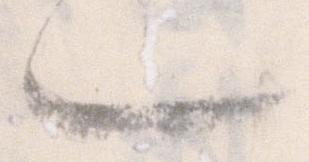
也